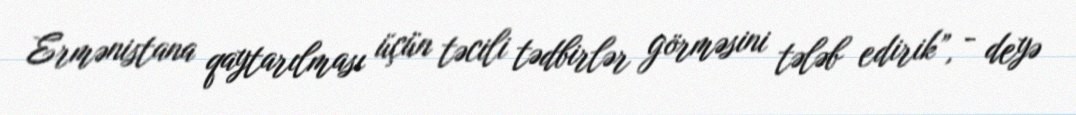
Ermənistana qaytarılması üçün təcili tədbirlər görməsini tələb edirik”, - deyə